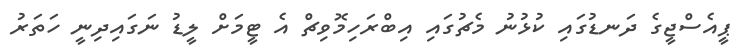
ޕީއެސްޖީގެ ދަނޑުގައި ކުޅުނު މެޗުގައި އިބްރަހިމޮވިޗް އެ ޓީމަށް ލީޑު ނަގައިދިނީ ހަތަރު